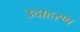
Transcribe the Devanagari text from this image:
उदाहरण